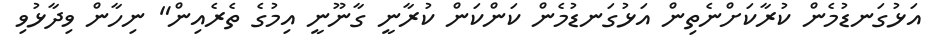
އަޅުގަނޑުމެން ކުރާކަށްނެތިން އަޅުގަނޑުމެން ކަންކަން ކުރާނީ ގާނޫނީ އިމުގެ ތެރެއިން" ނިހާން ވިދާޅުވި